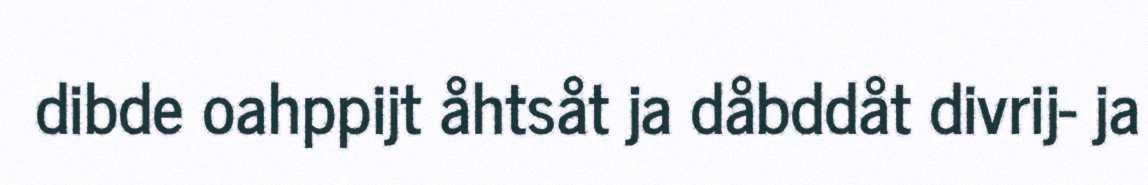
dibde oahppijt åhtsåt ja dåbddåt divrij- ja